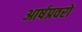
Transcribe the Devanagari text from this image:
आर्षप्रवरो